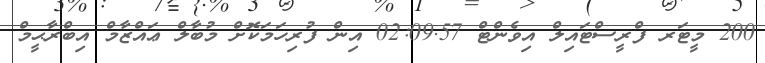
200 މީޓަރ ފްރީސްޓައިލް އިވެންޓް 02:09.57 އިން ފުރިހަމަކޮށް މުބާލް ޢައްޒާމް އިބްރާޙީމް